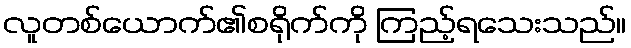
လူတစ်ယောက်၏စရိုက်ကို ကြည့်ရသေးသည်။